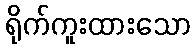
ရိုက်ကူးထားသော